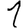
Digit: 1